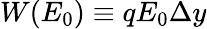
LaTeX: W(E_{0})\equiv qE_{0}\Delta y